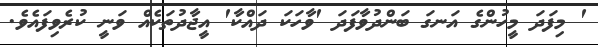
' މިފަދަ މީހުންގެ އަނގަ ބަންދުވާފަދަ 'ވާހަކަ ދައްކާ' އީޖާދުތަކެއް ވަނީ ކުރެވިފައެވެ.